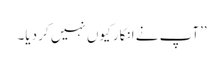
’’آپ نے انکار کیوں نہیں کر دیا۔